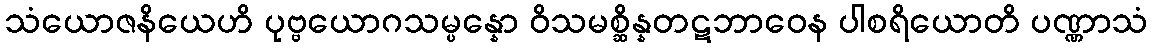
သံယောဇနိယေဟိ ပုဗ္ဗယောဂသမ္ပန္နော ဝိသမစ္ဆိန္နတဋဘာဝေန ပါစရိယောတိ ပဏ္ဏာသံ